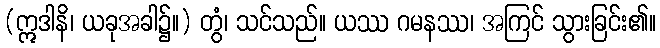
(ဣဒါနိ၊ ယခုအခါ၌။) တွံ၊ သင်သည်။ ယဿ ဂမနဿ၊ အကြင် သွားခြင်း၏။